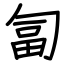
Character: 匐